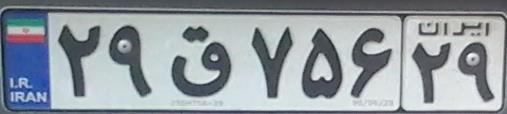
۲۹ق۷۵۶۲۹